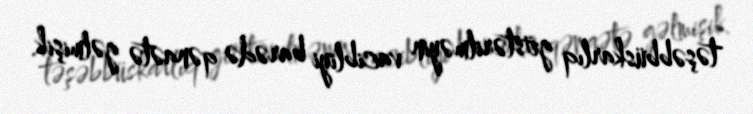
təşəbbüskarlıq göstərilməyin vacibliyi barədə qənaətə gəlmişik.